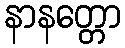
နာနတ္တော